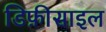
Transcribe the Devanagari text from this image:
डिफ़ीसाइल